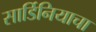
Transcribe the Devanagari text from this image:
सार्डिनियाचा